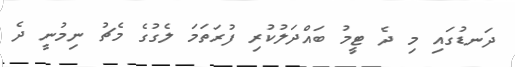
ދަނޑުގައި މި ދެ ޓީމު ބައްދަލުކުރި ފުރަތަމަ ލެގުގެ މެޗު ނިމުނީ ދެ